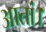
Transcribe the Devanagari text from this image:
आतां।